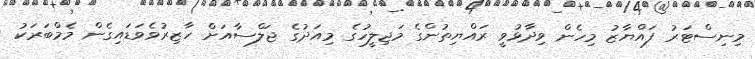
މިނިސްޓަރު ފައްޔާޒު މިހެން ވިދާޅުވީ ރައްޔިތުންގެ މަޖިލީހުގެ މިއަދުގެ ޖަލްސާއަށް ހާޒިރުވެވަޑައިގެން މެމްބަރަކު